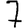
Digit: 7